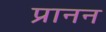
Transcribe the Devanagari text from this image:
प्रानन